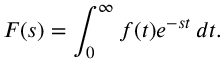
F ( s ) = \int _ { 0 } ^ { \infty } f ( t ) e ^ { - s t } \, d t .